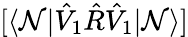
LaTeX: [\langle\mathcal{N}|\hat{{V}}_{1}\hat{{R}}\hat{{V}}_{1}|\mathcal{N}\rangle]